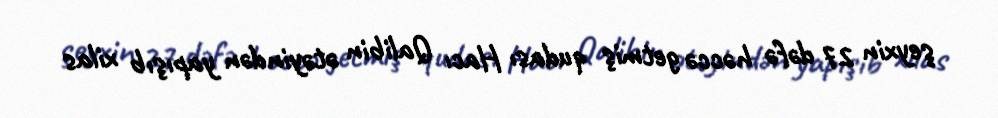
şeyxin 27 dəfə həccə getmiş qudası Hacı Qalibin ətəyindən yapışıb xilas